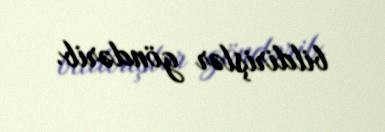
bildirişlər göndərib.